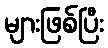
များဖြစ်ပြီး